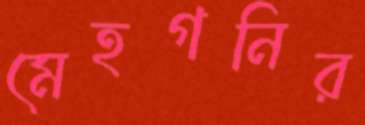
মেহগনির